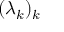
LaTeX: ( \lambda _ { k } ) _ { k }